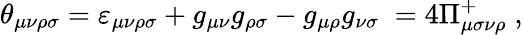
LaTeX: \theta_{\mu\nu\rho\sigma}=\varepsilon_{\mu\nu\rho\sigma}+g_{\mu\nu}g_{\rho\sigma}-g_{\mu\rho}g_{\nu\sigma}\; =4\Pi_{\mu\sigma\nu\rho}^{+}\; ,